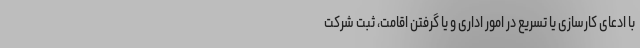
با ادعای کارسازی یا تسریع در امور اداری و یا گرفتن اقامت، ثبت شرکت